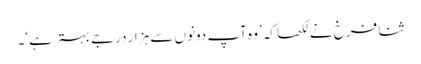
ثنا فرخ نے لکھا کہ ’وہ آپ دونوں سے ہزار درجے بہترہے‘۔